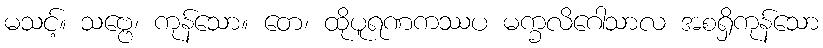
မသင့်။ သဗ္ဗေ၊ ကုန်သော။ တေ၊ ထိုပူရဏကဿပ မက္ခလိဂေါသာလ အစရှိကုန်သော